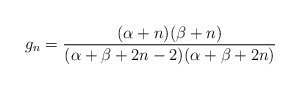
\begin{align*}g_n=\frac{(\alpha+n)(\beta+n)}{(\alpha+\beta+2n-2)(\alpha+\beta+2n)}\end{align*}